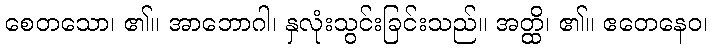
စေတသော၊ ၏။ အာဘောဂါ၊ နှလုံးသွင်းခြင်းသည်။ အတ္ထိ၊ ၏။ ဧတေနေဝ၊